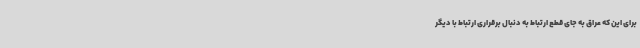
برای این که عراق به جای قطع ارتباط به دنبال برقراری ارتباط با دیگر